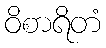
ဝိစာရိတံ